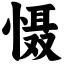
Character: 慑